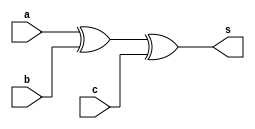
`timescale 1ns / 1ps
module fulladder(input a,b,c,output s);
//assign sum=a^b^c;
 xor xor_1(s,a,b,c);
endmodule
module carry_gen(input a,b,c,output cin);
assign cin=(c&(a^b) )| (a &b);
endmodule


module clag_1(input a0,a1,a2,a3,b0,b1,b2,b3,output s0,s1,s2,s3,cout);
wire c1,c2,c3;
assign c0=0;
fulladder fa1(a0,b0,c0,s0);
carry_gen cy0(a0,b0,c0,c1);
fulladder fa2(a1,b1,c1,s1);
carry_gen cy1(a1,b1,c1,c2);
fulladder fa3(a2,b2,c2,s2);
carry_gen cy2(a2,b2,c2,c3);
fulladder fa4(a3,b3,c3,s3);
carry_gen cf(a3,b3,c3,cout);  
endmodule